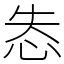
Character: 怣